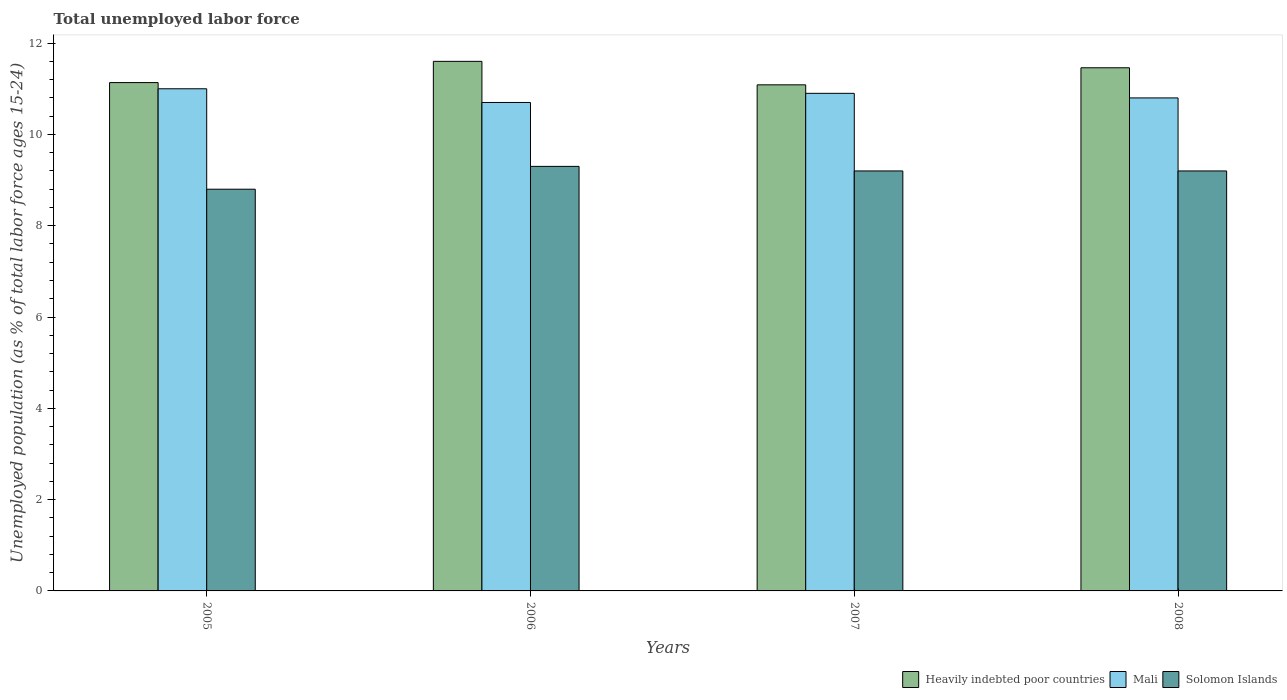
| Years | Heavily indebted poor countries | Mali | Solomon Islands |
 | --- | --- | --- | --- |
 | 2005 | 11.1 | 11 | 8.8 |
 | 2006 | 11.6 | 10.7 | 9.3 |
 | 2007 | 11.1 | 10.9 | 9.2 |
 | 2008 | 11.5 | 10.8 | 9.2 |